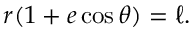
r ( 1 + e \cos \theta ) = \ell .